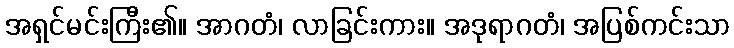
အရှင်မင်းကြီး၏။ အာဂတံ၊ လာခြင်းကား။ အဒုရာဂတံ၊ အပြစ်ကင်းသာ